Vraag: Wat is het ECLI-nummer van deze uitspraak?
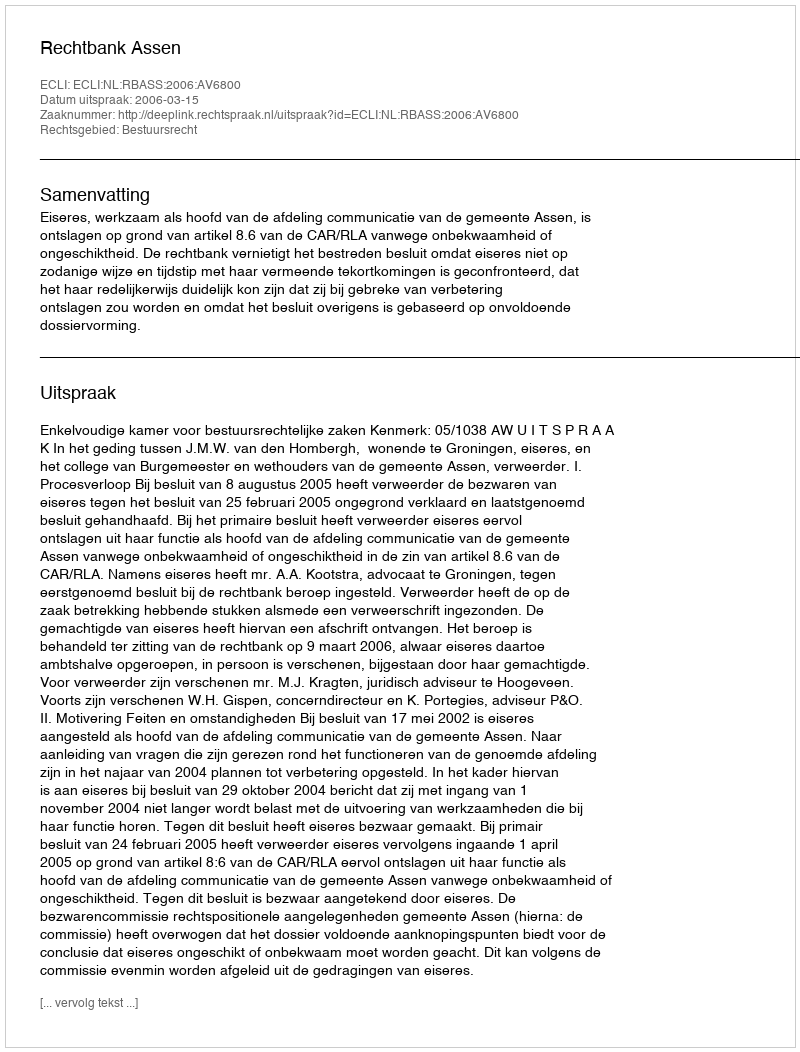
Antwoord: ECLI:NL:RBASS:2006:AV6800